Annual report on the lock hospitals of the Madras Presidency
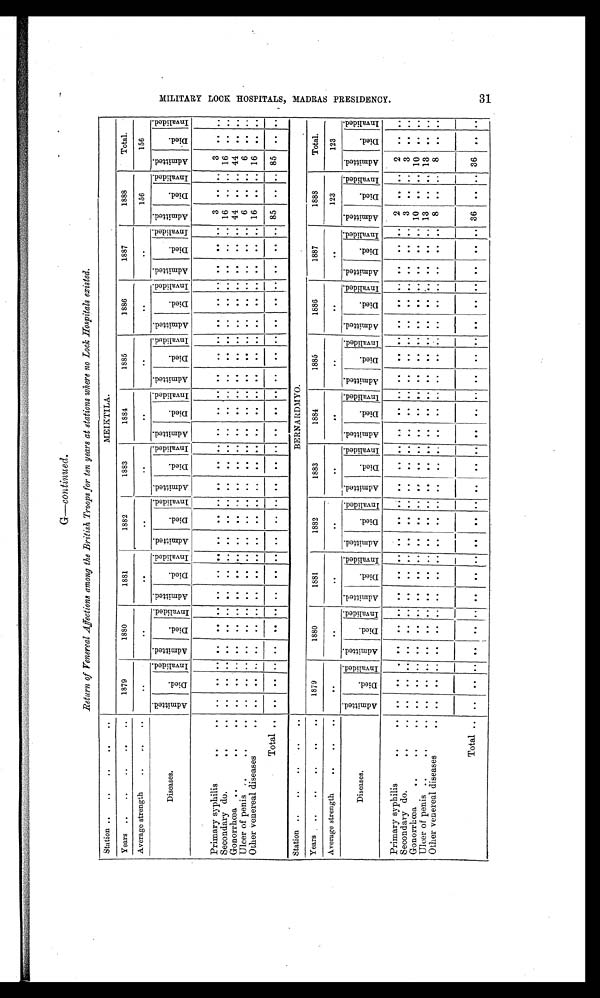
G-continued.
Return of Venereal Affections among the British Troops for ten years at stations where no Lock Hospitals existed.
Station . .
. .
. .
. .
. .
MEIKTILA.
Years . .
. .
. .
. .
. .
1879
1880
1881
1882
1883
1884
1885
1886
1887
1888
Total.
Average strength
. .
. .
. .
. .
. .
. .
. .
. .
. .
. .
. .
. .
156
156
Diseases.
A d m i t t e d .
D i e d .
I nval i ded. A d m i t t e d .
D i e d .
I nv al i ded. Ad mi t t e d .
D i e d .
I n v a l i d e d . A d m i t t e d .
D i e d .
I nval i ded.
A d m i t t e d .
D i e d .
I n v a l i d e d . A d m i t t e d .
Di ed.
I n v a l i d e d . A d m i t t e d .
D i e d .
I nv al i ded. Admi t t ed.
Di ed.
I n v a l i d e d . A d m i t t e d .
D i e d .
I n v a l i d e d . Admi t t ed.
D i e d .
I nval i ded. Admi t t ed.
D i e d .
I nval i ded.
Primary syphilis
. .
. .
..
. . .. ..
. . .. ..
. .
. . . .
.. ..
. .
. . .. .. .. .. .. .. .. ..
..
..
. .
. . ..
3
. . ..
3
. . ..
Secondary do.
. .
. .
..
. . .. ..
. . .. ..
. .
. . . .
.. .. . .
. . .. ..
.. .. ..
.. .. ..
.. ..
. .
. . .. 16
. . .. 16
. . ..
Gonorrhœa
. .
. .
. .
..
. . .. ..
. . .. ..
. .
. . . . .. ..
. .
. . .. ..
.. .. .. ..
.. .. ..
..
. .
. . ..
44
. . .. 44
. . ..
Ulcer of penis ..
..
. .
..
. . .. ..
. . .. ..
. .
. . . .
.. ..
. .
. . .. ..
.. .. ..
.. .. .. .. .. . .
. . .. 6
. . ..
6
. .
..
..
Other venereal diseases ..
. .
..
. . .. ..
. . .. ..
. .
. . . .
.. .. . .
. . .. ..
.. .. ..
.. .. ..
.. ..
. .
. . .. 16
. . .. 16
. .
..
Total . .
..
. . .. ..
. . .. ..
. .
. . . .
.. .. . .
. . .. ..
.. ..
.. .. .. ..
.. ..
. .
. . .. 85
. ... 85
. . ..
Station . .
. .
. .
. .
. .
BERNARDMYO.
Years
. .
. .
. .
. .
. .
1879
1880
1881
1 8 8 2
1883
1884
1885
1886
1887
1888
Total.
Average strength
. .
. .
. .
. .
. .
. .
. .
. .
. .
. .
. .
. .
123
123
Diseases.
A d m i t t e d .
D i e d .
I n v a l i d e d . A d m i t t e d .
D i e d .
I n v a l i d e d .
Admi t t ed.
D i e d .
I n v a l i d e d . A d m i t t e d .
D i e d .
I n v a l i d e d . A d m i t t e d .
D i e d .
I n v a l i d e d . Ad mi t t e d .
D i e d .
I n v a l i d e d .
Ad mi t t e d .
D i e d .
I n v a l i d e d . A d m i t t e d .
Di ed.
I n v a l i d e d . A d m i t t e d .
Di ed.
I n v a l i d e d . Admi t t ed.
D i e d .
I nv al i ded. Admi t t ed.
D i e d .
I n v a l i d e d .
Primary syphilis
. .
. .
..
. .
. . ..
. . .. ..
. .
. . ..
..
..
. .
. . .. ..
. . .. ..
.. .. . .
..
. .
. . .. .. 2
. . ..
2
..
. .
Secondary do.
. .
. .
..
. . ..
..
. . .. ..
. .
. . ..
.. ..
. .
. . .. ..
. . .. ..
.. .. . .
..
. . . . ..
. . 3
. . ..
3
. .
. .
Gonorrhœa
. .
. .
. .
..
. . .. ..
. . .. ..
. . . .
..
.. ..
. .
. . .. ..
. . .. .. ..
..
. . ..
. . .. .. .. 10
. . ..
10
. . . .
Ulcer of penis
. .
. .
. .
..
. . ..
..
. . ..
..
. . . . ..
.. ..
. .
. . .. ..
. . .. .. .. ..
. . ..
. .
. .
. . ..
..
..
13
. . ..
13
. .
. .
Other venereal diseases
. .
..
. . .. ..
. . .. ..
. .
. . ..
.. ..
. .
. . .. ..
. .
..
..
..
..
. . ..
. . . . ..
..
8
. . ..
8
..
. .
Total . .
..
. . .. ..
. . .. ..
. .
. .
. .
..
..
. .
. .
..
..
. .
..
..
.. ..
. .
..
. .
.. ..
..
36
. .
..
36
. . . .
M I L I T A R Y L O C K H O S P I T A L S , M A D R A S P R E S I D E N C Y .
31